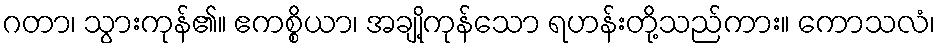
ဂတာ၊ သွားကုန်၏။ ဧကစ္စိယာ၊ အချို့ကုန်သော ရဟန်းတို့သည်ကား။ ကောသလံ၊